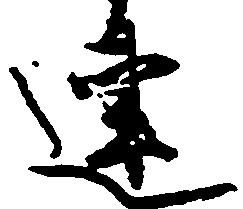
連